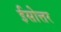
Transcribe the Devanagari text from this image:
ईसोत्तर